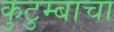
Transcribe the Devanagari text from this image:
कुटुम्बाचा